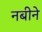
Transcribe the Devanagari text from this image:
नबीने